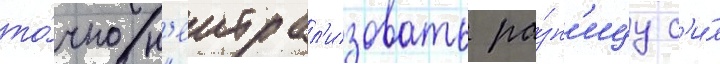
то́чно н'еитрал'изовать ра́зн'ицу с'и́л